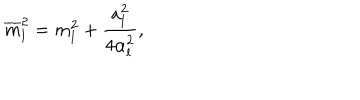
LaTeX: \overline { { { m } } } _ { l } ^ { 2 } = m _ { l } ^ { 2 } + \frac { a _ { l } ^ { 2 } } { 4 \alpha _ { l } ^ { 2 } } ,